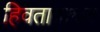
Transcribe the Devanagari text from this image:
हिवतापाच्या